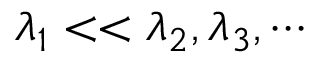
\lambda _ { 1 } < < \lambda _ { 2 } , \lambda _ { 3 } , \cdots